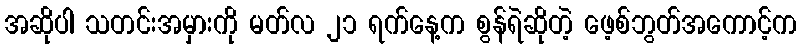
အဆိုပါ သတင်းအမှားကို မတ်လ ၂၁ ရက်နေ့က စွန်ရဲဆိုတဲ့ ဖေ့စ်ဘွတ်အကောင့်က